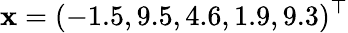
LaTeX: \mathbf{x}=(-1.5,9.5,4.6,1.9,9.3)^{\top}